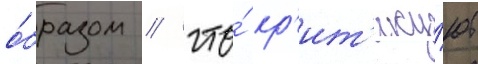
о́бразом / что́ кр'ит'ику́ют